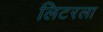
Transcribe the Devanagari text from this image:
लिटरला